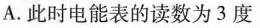
A.此时电能表的读数为3度